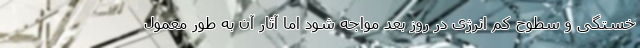
خستگی و سطوح کم انرژی در روز بعد مواجه شود اما آثار آن به طور معمول